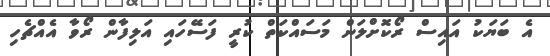
އެ ބަޔަކު އައިސް ރޯކޮށްލަން މަސައްކަތް ކުރީ ފަސޭހައި އަލިފާން ރޯވާ އެއްޗެހި